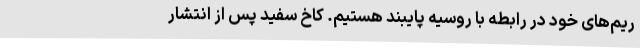
ریم‌های خود در رابطه با روسیه پایبند هستیم. کاخ سفید پس از انتشار